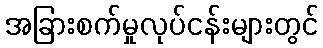
အခြားစက်မှုလုပ်ငန်းများတွင်